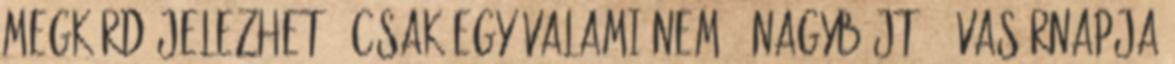
megkérdőjelezhető, csak egy valami nem – Nagyböjt 4. vasárnapja